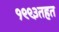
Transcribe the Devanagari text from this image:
१९९३तहत